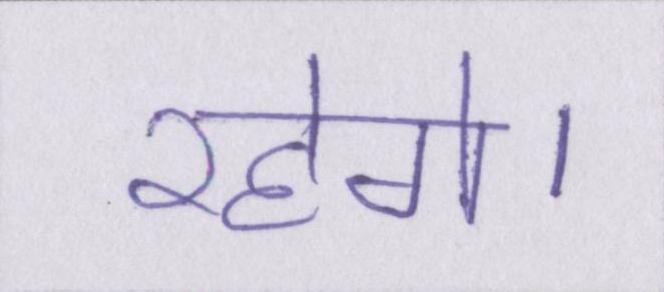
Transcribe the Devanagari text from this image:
रहेगे।